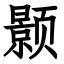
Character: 颢